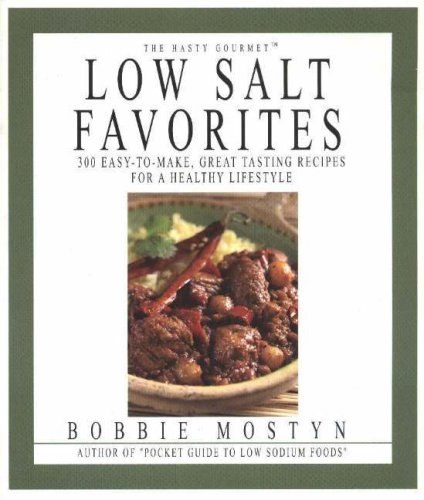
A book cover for The Hasty Gourmet Low Salt Favorites: 300 Easy-to-Make, Great-Tasting Recipes for a Healthy Lifestyle; Bobbie Mostyn; Cookbooks, Food & Wine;